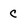
Character: c